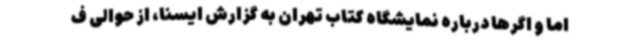
اما و اگرها درباره نمایشگاه کتاب تهران به گزارش ایسنا، از حوالی ف